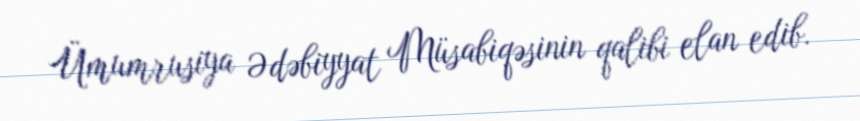
Ümumrusiya Ədəbiyyat Müsabiqəsinin qalibi elan edib.